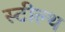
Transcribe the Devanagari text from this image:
स्‍टील्‍थ